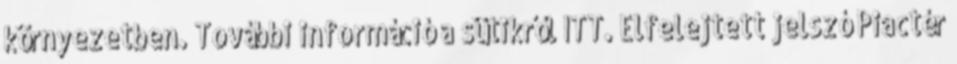
környezetben. További információ a sütikről ITT. Elfelejtett jelszó Piactér